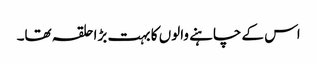
اس کے چاہنے والوں کا بہت بڑا حلقہ تھا۔